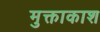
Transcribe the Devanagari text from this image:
मुक्ताकाश